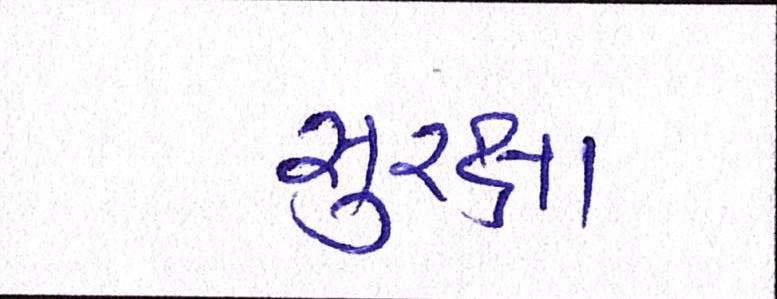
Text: સુરક્ષા